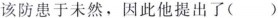
该防患于未然，因此他提出了( )